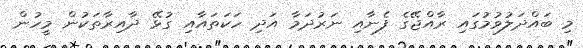
މި ބައްދަލުވުމުގައި ރާއްޖޭގެ ފެނާއި ނަރުދަމާ އަދި ހަކަތައާއި ގުޅޭ ދާއިރާތަކުން މީހުން